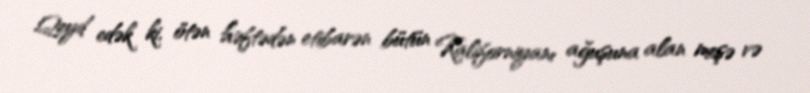
Qeyd edək ki, ötən həftədən etibarən bütün Kaliforniyanı ağuşuna alan meşə və